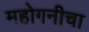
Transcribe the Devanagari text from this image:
महोगनीचा